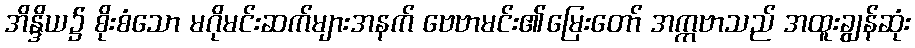
အိန္ဒိယ၌ စိုးစံသော မဂိုမင်းဆက်များအနက် ဗေဗာမင်း၏မြေးတော် အက္ကဗာသည် အထူးချွန်ဆုံး